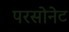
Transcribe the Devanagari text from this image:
परसोनेट